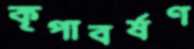
কৃপাবর্ষণ